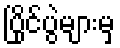
ပြိုင်ပွဲများမှ